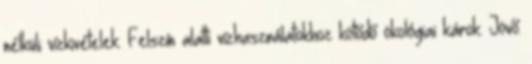
nélküli vízkivételek. Felszín alatti vízhasználatokhoz kötődő ökológiai károk. Jövő: